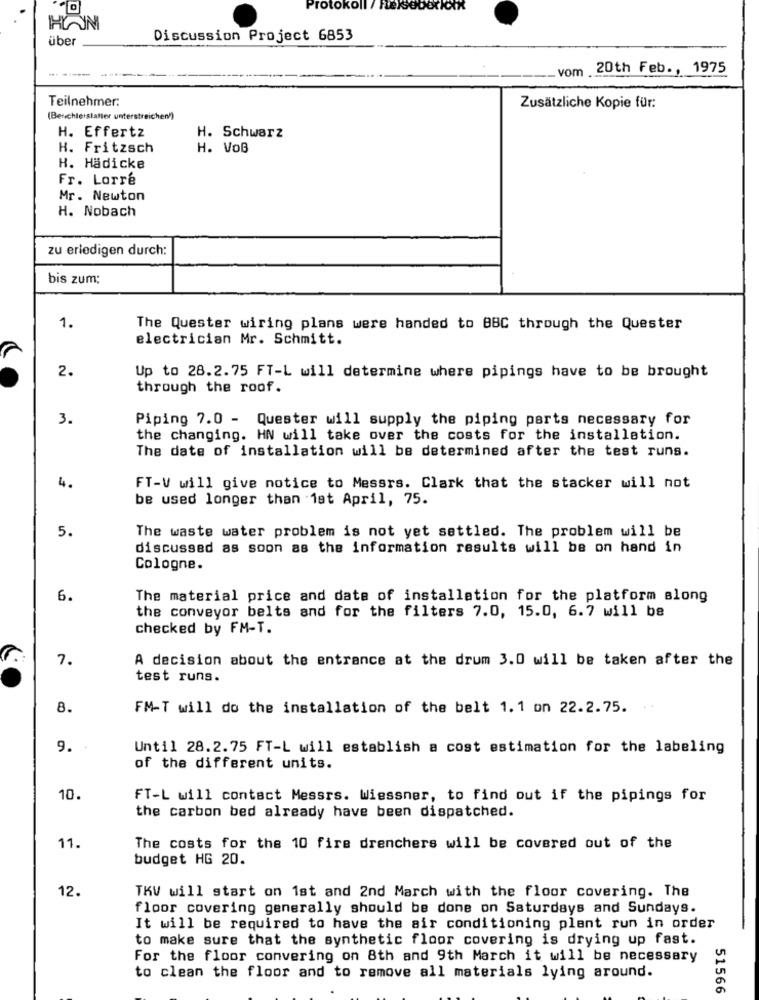
Protokoll / Felseborlot
HIJNI
über
Discussion Project 6853
vom 20th Feb ., 1975
Teilnehmer:
Zusätzliche Kopie für:
(Beuchlerstaller unterstreichen))
H. Effertz
H. Schwarz
H. Fritzsch
H. VoB
H. Hädicke
Fr. Lorre
Mr. Newton
H. Nobach
zu erledigen durch:
bis zum:
1.
The Quester wiring plans were handed to BBC through the Quester
electrician Mr. Schmitt.
2.
Up to 28.2.75 FT-L will determine where pipings have to be brought
through the roof.
3.
Piping 7.0 - Quester will supply the piping parts necessary for
the changing. HN will take over the costs for the installation.
The date of installation will be determined after the test runs.
4.
FT-V will give notice to Messrs. Clark that the stacker will not
be used longer than 1st April, 75.
5.
The waste water problem is not yet settled. The problem will be
discussed as soon as the information results will be on hand in
Cologne.
6.
The material price and date of installation for the platform along
the conveyor belts and for the filters 7.0, 15.0, 6.7 will be
checked by FM-T.
7.
A decision about the entrance at the drum 3.0 will be taken after the
test runs.
8.
FM-T will do the installation of the belt 1.1 on 22.2.75.
..
9.
Until 28.2.75 FT-L will establish a cost estimation for the labeling
of the different units.
10.
FT-L will contact Messrs. Wiessner, to find out if the pipings for
the carbon bed already have been dispatched.
11.
The costs for the 10 fire drenchers will be covered out of the
budget HG 20.
12.
TKV will start on 1st and 2nd March with the floor covering. The
floor covering generally should be done on Saturdays and Sundays.
It will be required to have the air conditioning plant run in order
to make sure that the synthetic floor covering is drying up fast.
For the floor convering on 8th and 9th March it will be necessary
to clean the floor and to remove all materials lying around.
51566